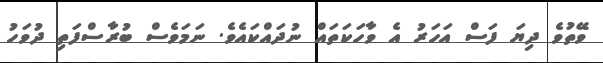
ވޭތުވެ ދިޔަ ފަސް އަހަރު އެ ވާހަކަތައް ނުދައްކައެވެ. ނަމަވެސް ބުރާސްފަތި ދުވަހު